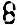
8